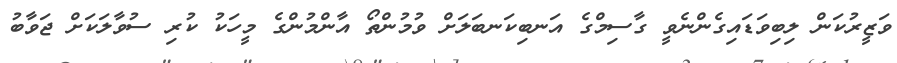
ވަޒީރުކަން ލިބިވަޑައިގެންނެވީ ގާސިމްގެ އަނބިކަނބަލަށް ވުމުންތޯ އާންމުންގެ މީހަކު ކުރި ސުވާލަކަށް ޖަވާބު